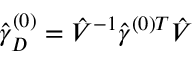
\hat { \gamma } _ { D } ^ { ( 0 ) } = \hat { V } ^ { - 1 } { \hat { \gamma } ^ { ( 0 ) T } } \hat { V }